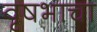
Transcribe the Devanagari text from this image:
वृषभाचा